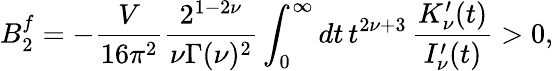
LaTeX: B_{2}^{f}=-\frac{V}{16\pi^{2}}\frac{2^{1-2\nu}}{\nu\Gamma(\nu)^{2}}\int_{0}^{\infty}dt\, t^{2\nu+3}\, \frac{K_{\nu}^{\prime}(t)}{I_{\nu}^{\prime}(t)}>0,